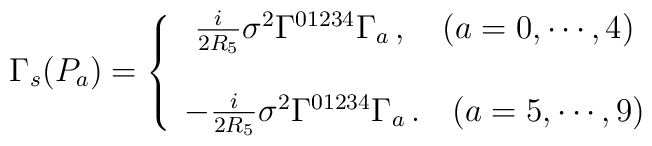
\Gamma_{s}(P_{a})=\left\{  \begin{array}{c}  \frac{i}{2R_5}\sigma^{2}\Gamma^{01234}\Gamma_a\, ,   \ \ \ (a=0,\cdots,4) \\ \\   -\frac{i}{2R_5}\sigma^{2} \Gamma^{01234}\Gamma_a\, .  \ \ \ (a=5,\cdots,9)  \end{array}   \right.